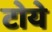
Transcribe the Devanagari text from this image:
टोये